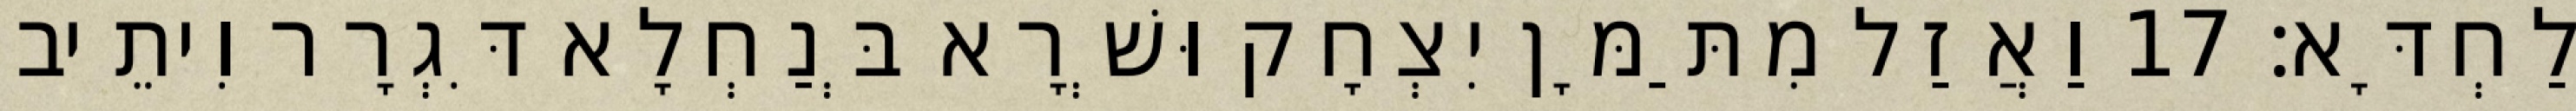
לַחְדָּא׃ 17 וַאֲזַל מִתַּמָּן יִצְחָק וּשְׁרָא בְּנַחְלָא דִּגְרָר וִיתֵיב